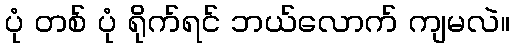
ပုံ တစ် ပုံ ရိုက်ရင် ဘယ်လောက် ကျမလဲ။